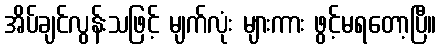
အိပ်ချင်လွန်းသဖြင့် မျက်လုံး များကား ဖွင့်မရတော့ပြီ။